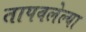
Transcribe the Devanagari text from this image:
तापवलेल्या